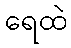
ရေထဲ